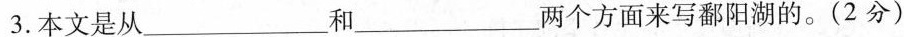
3.本文是从 ___ 和 ___ 两个方面来写鄱阳湖的。(2分)